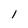
Character: 1